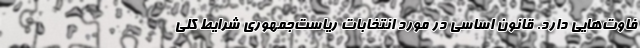
فاوت‌هایی دارد. قانون اساسی در مورد انتخابات ریاست‌جمهوری شرایط کلی